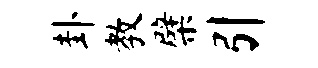
卦教檗引